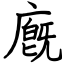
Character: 廐